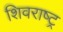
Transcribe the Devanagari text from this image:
शिवराष्ट्र